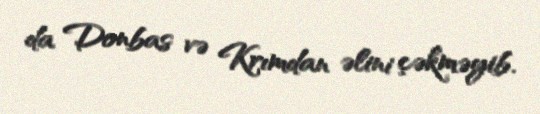
da Donbas və Krımdan əlini çəkməyib.